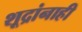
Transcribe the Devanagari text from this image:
शूद्रांनाही